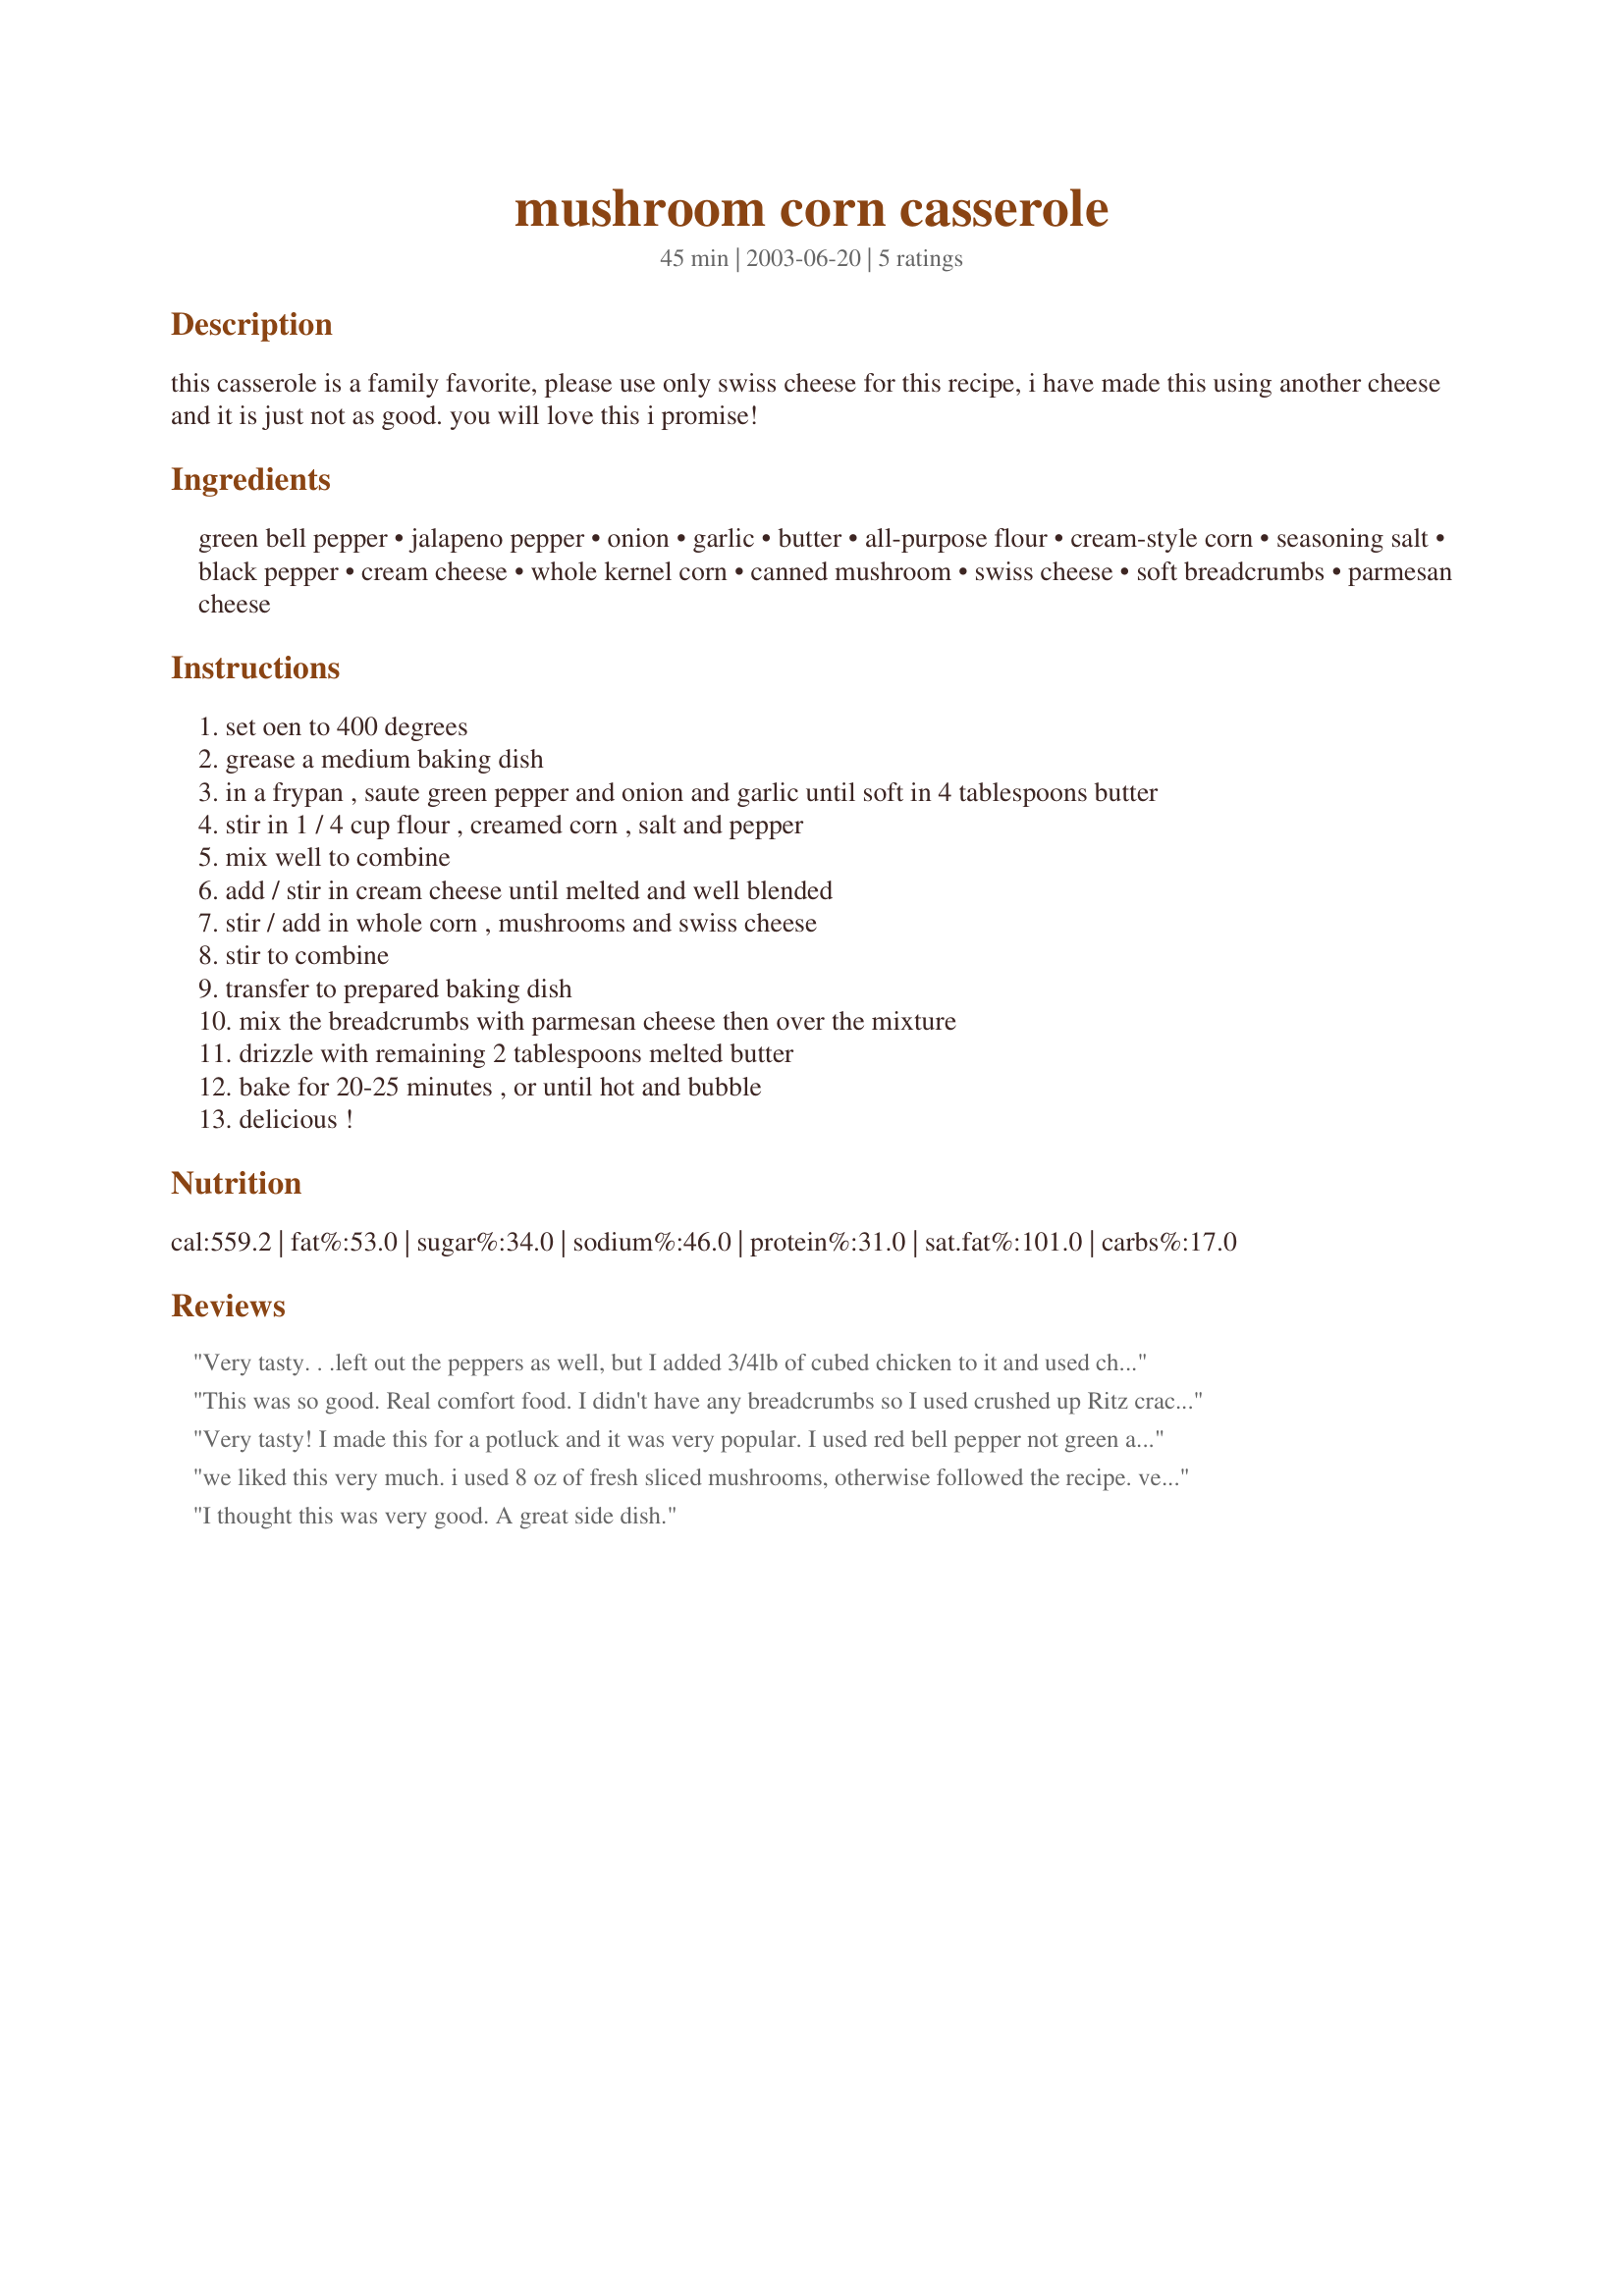
mushroom corn casserole
Preparation time: 45 minutes

this casserole is a family favorite, please use only swiss cheese for this recipe, i have made this using another cheese and it is just not as good. you will love this i promise!

Ingredients:
green bell pepper, jalapeno pepper, onion, garlic, butter, all-purpose flour, cream-style corn, seasoning salt, black pepper, cream cheese, whole kernel corn, canned mushroom, swiss cheese, soft breadcrumbs, parmesan cheese

Steps:
set oen to 400 degrees
grease a medium baking dish
in a frypan , saute green pepper and onion and garlic until soft in 4 tablespoons butter
stir in 1 / 4 cup flour , creamed corn , salt and pepper
mix well to combine
add / stir in cream cheese until melted and well blended
stir / add in whole corn , mushrooms and swiss cheese
stir to combine
transfer to prepared baking dish
mix the breadcrumbs with parmesan cheese then over the mixture
drizzle with remaining 2 tablespoons melted butter
bake for 20-25 minutes , or until hot and bubble
delicious !

Reviews:
Very tasty. . .left out the peppers as well, but I added 3/4lb of cubed chicken to it and used cheddar instead of swiss because I didn't realize we were out of swiss! It was certainly a nice easy meal and my husband ate half of the casserole in one sitting. We will be making this again.
This was so good. Real comfort food. I didn't have any breadcrumbs so I used crushed up Ritz crackers. I also left out the bell pepper (personal preference) otherwise stuck to the recipe. Will definatly make this again. Thank you!!!
Very tasty! I made this for a potluck and it was very popular. I used red bell pepper not green and cooked the veg in olive oil. Used Edam instead of Swiss and added a little extra (had to use it up). Also used only 1/2 cup dry breadcrumbs, sprinkled on top, then drizzled with the melted butter. Was definitely rich & creamy! Thanks for the recipe Kelly!
we liked this very much. i used 8 oz of fresh sliced mushrooms, otherwise followed the recipe. very tasty and creamy and this makes a lovely side dish.
I thought this was very good. A great side dish.
